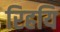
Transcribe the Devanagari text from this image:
रिहयि